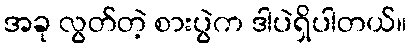
အခု လွတ်တဲ့ စားပွဲက ဒါပဲရှိပါတယ်။